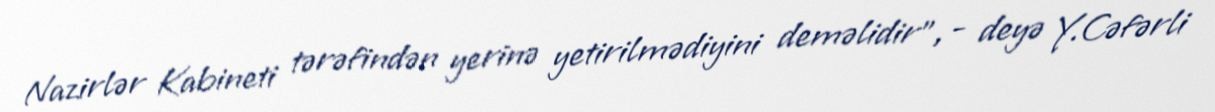
Nazirlər Kabineti tərəfindən yerinə yetirilmədiyini deməlidir”, - deyə Y.Cəfərli